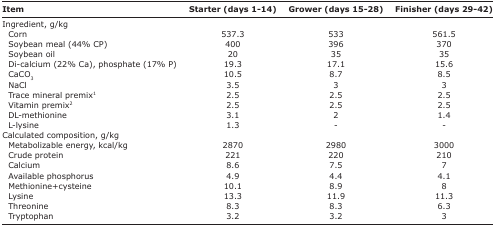
<table><thead><tr><td><b>Item</b></td><td><b>Starter (days 1-14)</b></td><td><b>Grower (days 15-28)</b></td><td><b>Finisher (days 29-42)</b></td></tr></thead><tbody><tr><td>Ingredient, g/kg</td><td>[EMPTY_CELL]</td><td>[EMPTY_CELL]</td><td>[EMPTY_CELL]</td></tr><tr><td> Corn</td><td>537.3</td><td>533</td><td>561.5</td></tr><tr><td> Soybean meal (44% CP)</td><td>400</td><td>396</td><td>370</td></tr><tr><td> Soybean oil</td><td>20</td><td>35</td><td>35</td></tr><tr><td> Di-calcium (22% Ca), phosphate (17% P)</td><td>19.3</td><td>17.1</td><td>15.6</td></tr><tr><td> CaCO<sub>3</sub></td><td>10.5</td><td>8.7</td><td>8.5</td></tr><tr><td> NaCl</td><td>3.5</td><td>3</td><td>3</td></tr><tr><td> Trace mineral premix<sup>1</sup></td><td>2.5</td><td>2.5</td><td>2.5</td></tr><tr><td> Vitamin premix<sup>2</sup></td><td>2.5</td><td>2.5</td><td>2.5</td></tr><tr><td> DL-methionine</td><td>3.1</td><td>2</td><td>1.4</td></tr><tr><td> L-lysine</td><td>1.3</td><td>-</td><td>-</td></tr><tr><td>Calculated composition, g/kg</td><td>[EMPTY_CELL]</td><td>[EMPTY_CELL]</td><td>[EMPTY_CELL]</td></tr><tr><td> Metabolizable energy, kcal/kg</td><td>2870</td><td>2980</td><td>3000</td></tr><tr><td> Crude protein</td><td>221</td><td>220</td><td>210</td></tr><tr><td> Calcium</td><td>8.6</td><td>7.5</td><td>7</td></tr><tr><td> Available phosphorus</td><td>4.9</td><td>4.4</td><td>4.1</td></tr><tr><td> Methionine+cysteine</td><td>10.1</td><td>8.9</td><td>8</td></tr><tr><td> Lysine</td><td>13.3</td><td>11.9</td><td>11.3</td></tr><tr><td> Threonine</td><td>8.3</td><td>8.3</td><td>6.3</td></tr><tr><td> Tryptophan</td><td>3.2</td><td>3.2</td><td>3</td></tr></tbody></table>